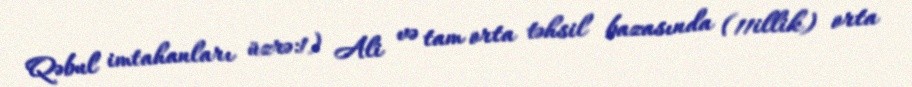
Qəbul imtahanları üzrə:1) Ali və tam orta təhsil bazasında (11illik) orta